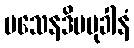
ပသေနဒိပမုခါနံ